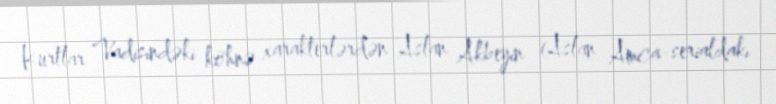
Kurtlar Vadisindəki köhnə xarakterlərdən Aslan Akbeyin (Aslan Amca-serialdakı